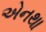
એનથા